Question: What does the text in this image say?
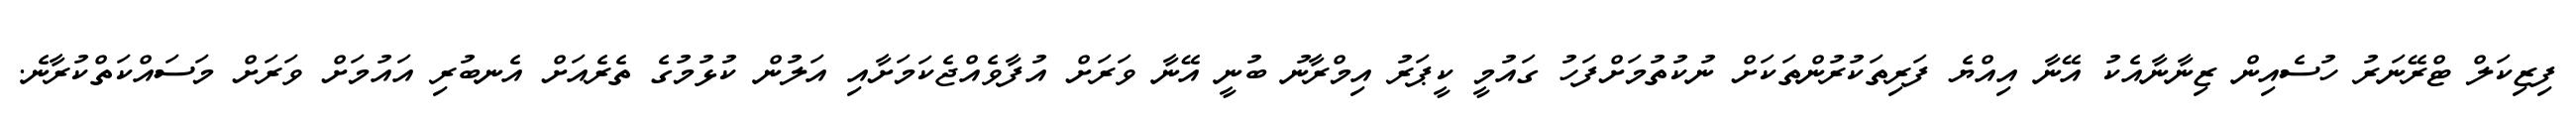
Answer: ފިޒިކަލް ޓްރޭނަރު ހުސެއިން ޒިނާނާއެކު އޭނާ އިއްޔެ ފަރިތަކުރުންތަކަށް ނުކުތުމަށްފަހު ގައުމީ ކީޕަރު އިމްރާނު ބުނީ އޭނާ ވަރަށް އުފާވެއްޖެކަމަށާއި އަލުން ކުޅުމުގެ ތެރެއަށް އެނބުރި އައުމަށް ވަރަށް މަސައްކަތްކުރާނެ.